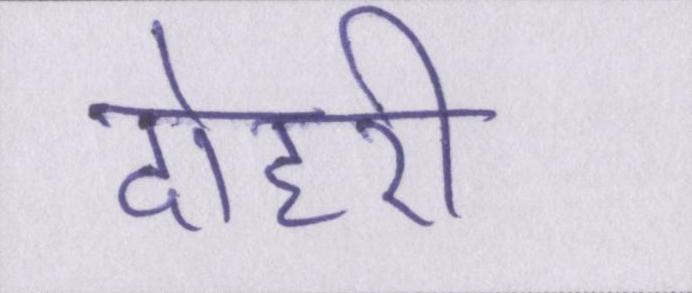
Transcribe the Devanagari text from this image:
दोहरी